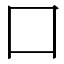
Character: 囗